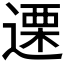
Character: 𮞶